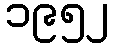
၁၉၅၂